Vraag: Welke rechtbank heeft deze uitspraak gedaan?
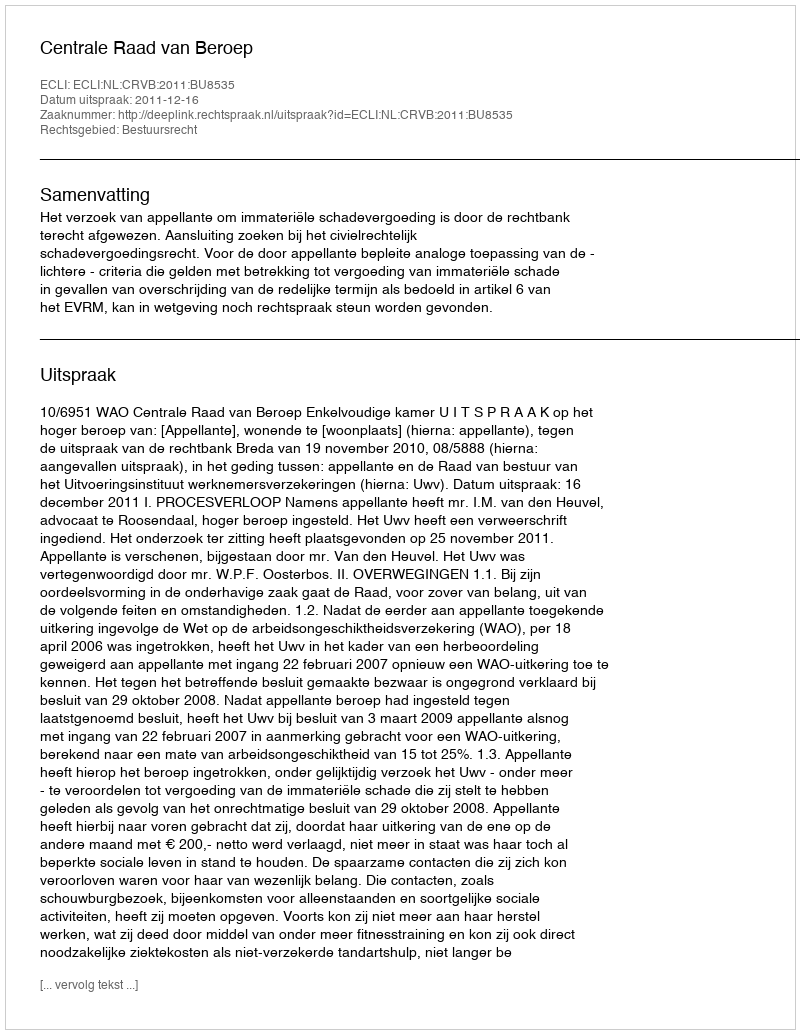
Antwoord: Centrale Raad van Beroep